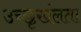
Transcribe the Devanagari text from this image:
उच्छृखंलता